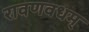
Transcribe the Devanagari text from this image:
रावणवधम्